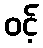
ဝင့်